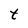
Character: t